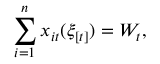
\sum _ { i = 1 } ^ { n } x _ { i t } ( \xi _ { [ t ] } ) = W _ { t } ,